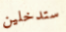
ستدخلين